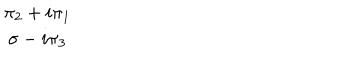
LaTeX: \begin{array} { c } { { \pi _ { 2 } + i \pi _ { 1 } } } \\ { { \sigma - i \pi _ { 3 } } } \\ \end{array}